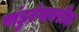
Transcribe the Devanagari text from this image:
पांडुरंगावरील